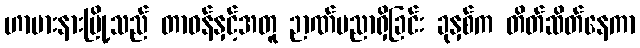
ဟာဗားနားမြို့သည် တာဝန်နှင့်အတူ ဉာဏ်ပညာရှိခြင်း ခုနှစ်က တိတ်ဆိတ်နေကာ